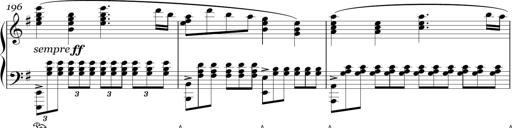
Title: Sonatina in E minor
Composer: Shuwen Zhang
Key: E minor